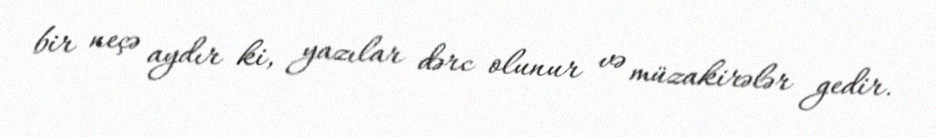
bir neçə aydır ki, yazılar dərc olunur və müzakirələr gedir.